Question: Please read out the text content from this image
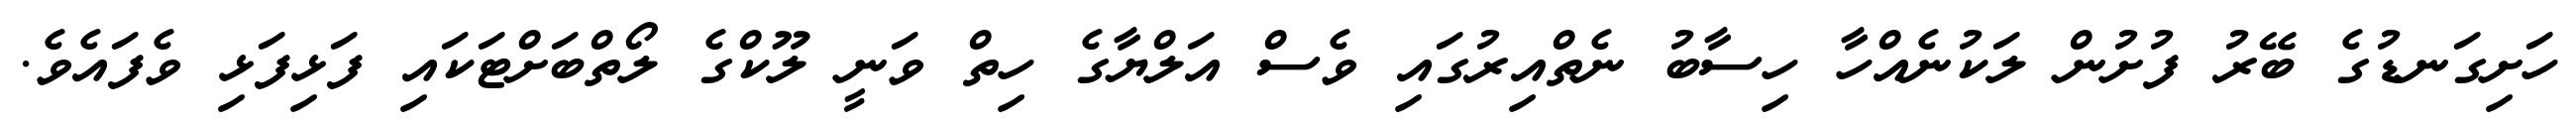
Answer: ހަށިގަނޑުގެ ބޭރު ފުށުން ލަކުނެއްހާ ހިސާބު ނެތްއިރުގައި ވެސް އަލްޔާގެ ހިތް ވަނީ ލޫކްގެ ލޯތްބަށްޓަކައި ފަޅިފަޅި ވެފައެވެ.